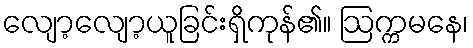
လျော့လျော့ယူခြင်းရှိကုန်၏။ ဩက္ကမနေ၊